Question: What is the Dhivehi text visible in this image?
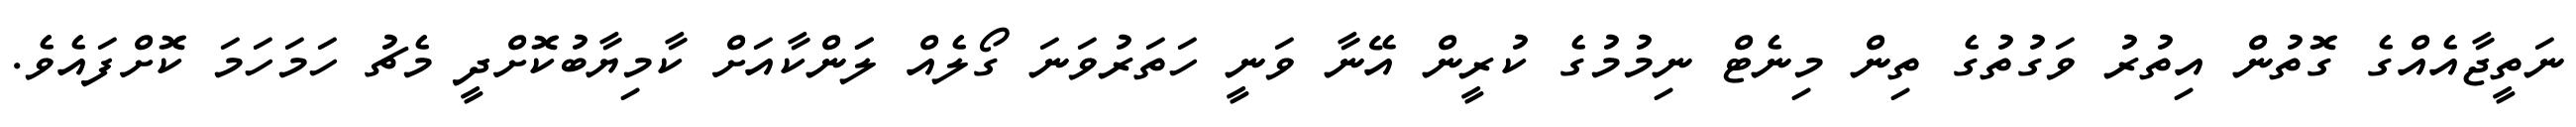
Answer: ނަތީޖާއެއްގެ ގޮތުން އިތުރު ވަގުތުގެ ތިން މިނެޓް ނިމުމުގެ ކުރީން އޭނާ ވަނީ ހަތަރުވަނަ ގޯލެއް ލަަންކާއަށް ކާމިޔާބުކޮށްދީ މެޗު ހަމަހަމަ ކޮށްފައެވެ.